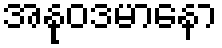
အနုဝဒမာနော